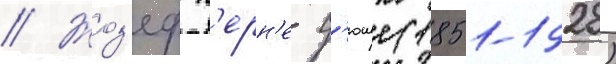
// Жоз'еф п'ерн'е-д'юше (1851-1928)